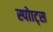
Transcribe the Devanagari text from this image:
स्पोाट्स